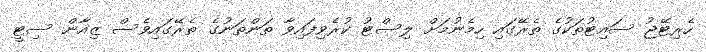
ހެރިޓޭޖު ސައިޓުތަކުގެ ތެރޭގައި ހިމެނުމަށް ލިސްޓު ކުރެވިފައިވާ ތަންތަނުގެ ތެރޭގައިވެސް ޒިއާން ސިޓީ